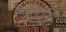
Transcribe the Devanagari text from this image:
विद्युदादान